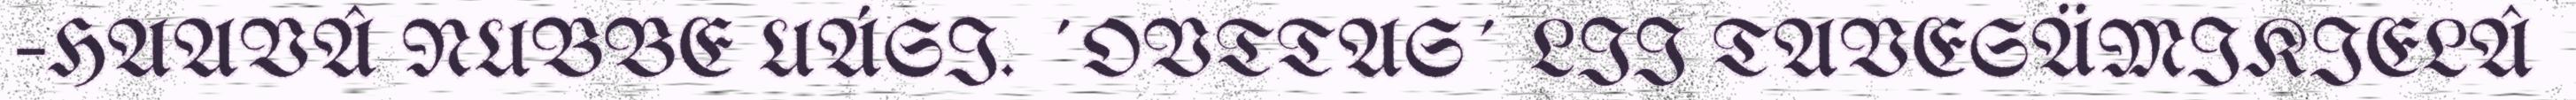
–HAAVÂ NUBBE UÁSI. ´OVTTAS´ LII TAVESÄMIKIELÂ